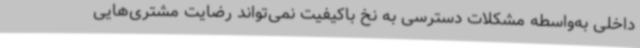
داخلی به‌واسطه مشکلات دسترسی به نخ باکیفیت نمی‌تواند رضایت مشتری‌هایی